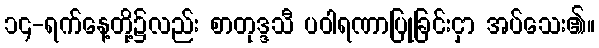
၁၄-ရက်နေ့တို့၌လည်း စာတုဒ္ဒသီ ပဝါရဏာပြုခြင်းငှာ အပ်သေး၏။